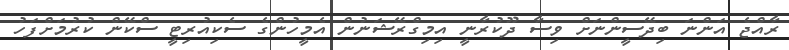
ރާއްޖެ އަންނަ ބިދޭސީންނަށް ވިސާ ދޫކުރާނީ އިމިގްރޭޝަނުން އެމީހުންގެ ސެކިއުރިޓީ ސްކޭން ކުރުމަށްފަހު